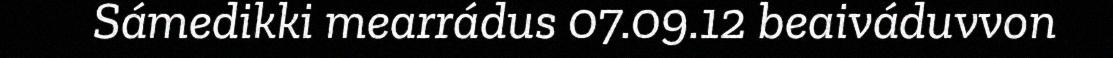
Sámedikki mearrádus 07.09.12 beaiváduvvon